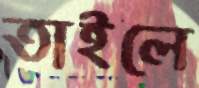
তাইলে